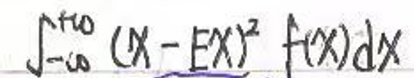
\(\int_{-\infty}^{\infty} (x - EX)^2 f(x)dx\)